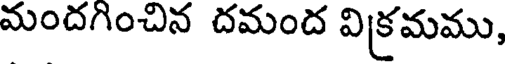
మందగించిన దమంద విక్రమము,